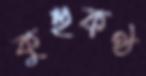
কুহুকণ্ঠ